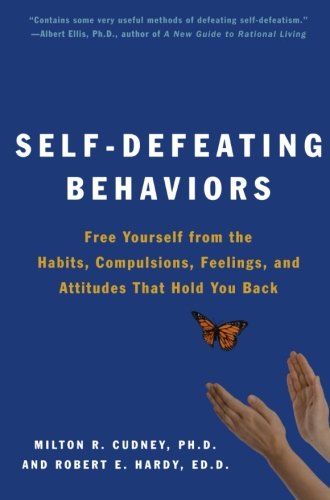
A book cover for Self-Defeating Behaviors: Free Yourself from the Habits, Compulsions, Feelings, and Attitudes That Hold You Back; Milton R. Cudney; Health, Fitness & Dieting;